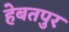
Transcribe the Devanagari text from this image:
हेबतपुर